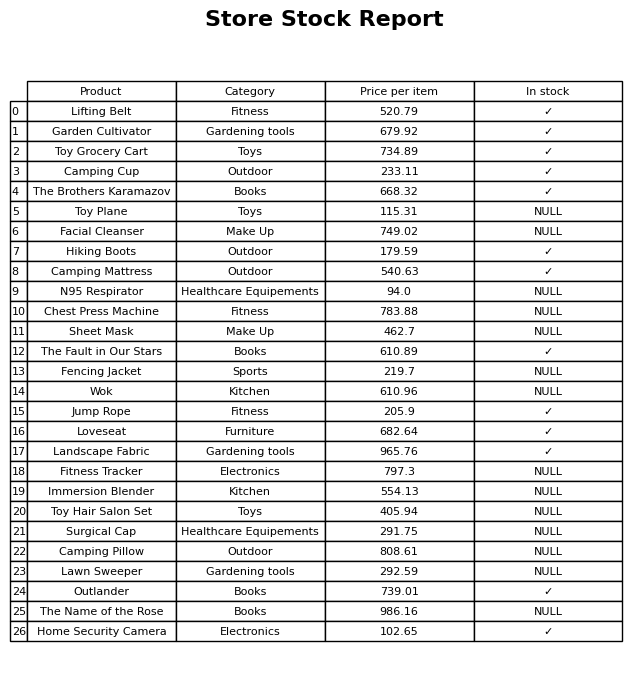
question: What is the price of the Camping Mattress?
answer: The price of Camping Mattress is 540.63.